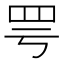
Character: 𫅀